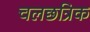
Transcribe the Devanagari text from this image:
चलछत्रिक